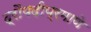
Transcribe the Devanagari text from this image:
द्रौपदीप्रमाणे